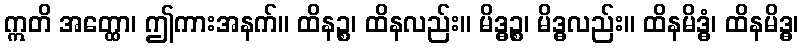
ဣတိ အတ္ထော၊ ဤကားအနက်။ ထိနဉ္စ၊ ထိနလည်း။ မိဒ္ဓဉ္စ၊ မိဒ္ဓလည်း။ ထိနမိဒ္ဓံ၊ ထိနမိဒ္ဓ၊